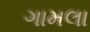
ગામલા